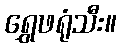
ရွှေဖရုံသီး။